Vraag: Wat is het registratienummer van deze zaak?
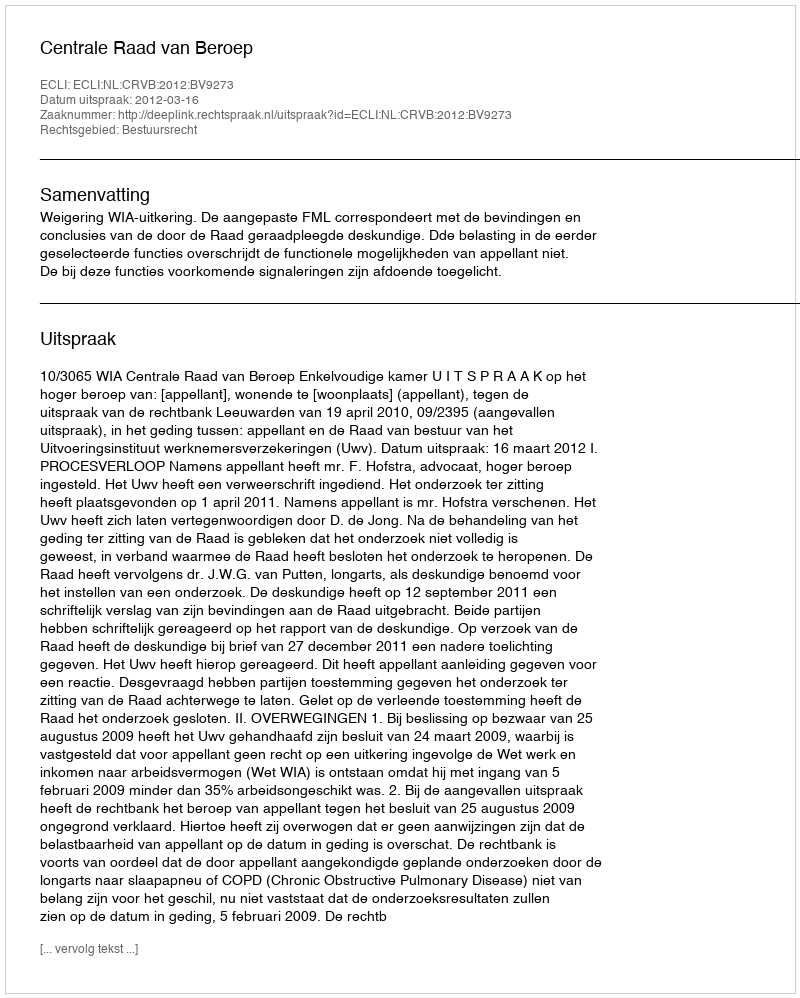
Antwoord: http://deeplink.rechtspraak.nl/uitspraak?id=ECLI:NL:CRVB:2012:BV9273